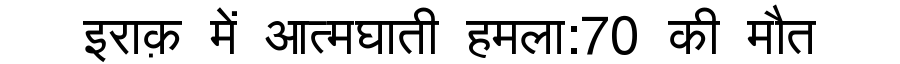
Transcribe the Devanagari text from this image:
इराक़ में आत्मघाती हमला:70 की मौत